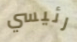
رئيسي